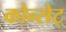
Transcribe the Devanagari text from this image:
कोन्सेट्